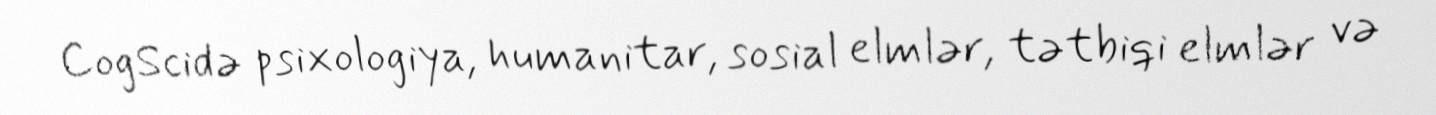
CogScidə psixologiya, humanitar, sosial elmlər, tətbiqi elmlər və